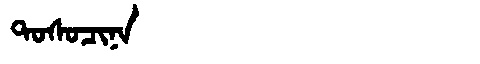
Manchu: ᡨᠣᠰᠣᠴᡳᠨᠠ
Romanization: TOSOCINA